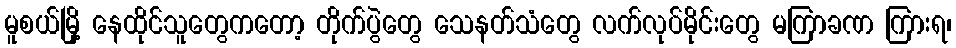
မူစယ်မြို့ နေထိုင်သူတွေကတော့ တိုက်ပွဲတွေ သေနတ်သံတွေ လက်လုပ်မိုင်းတွေ မကြာခဏ ကြားရ၊